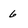
Character: 6